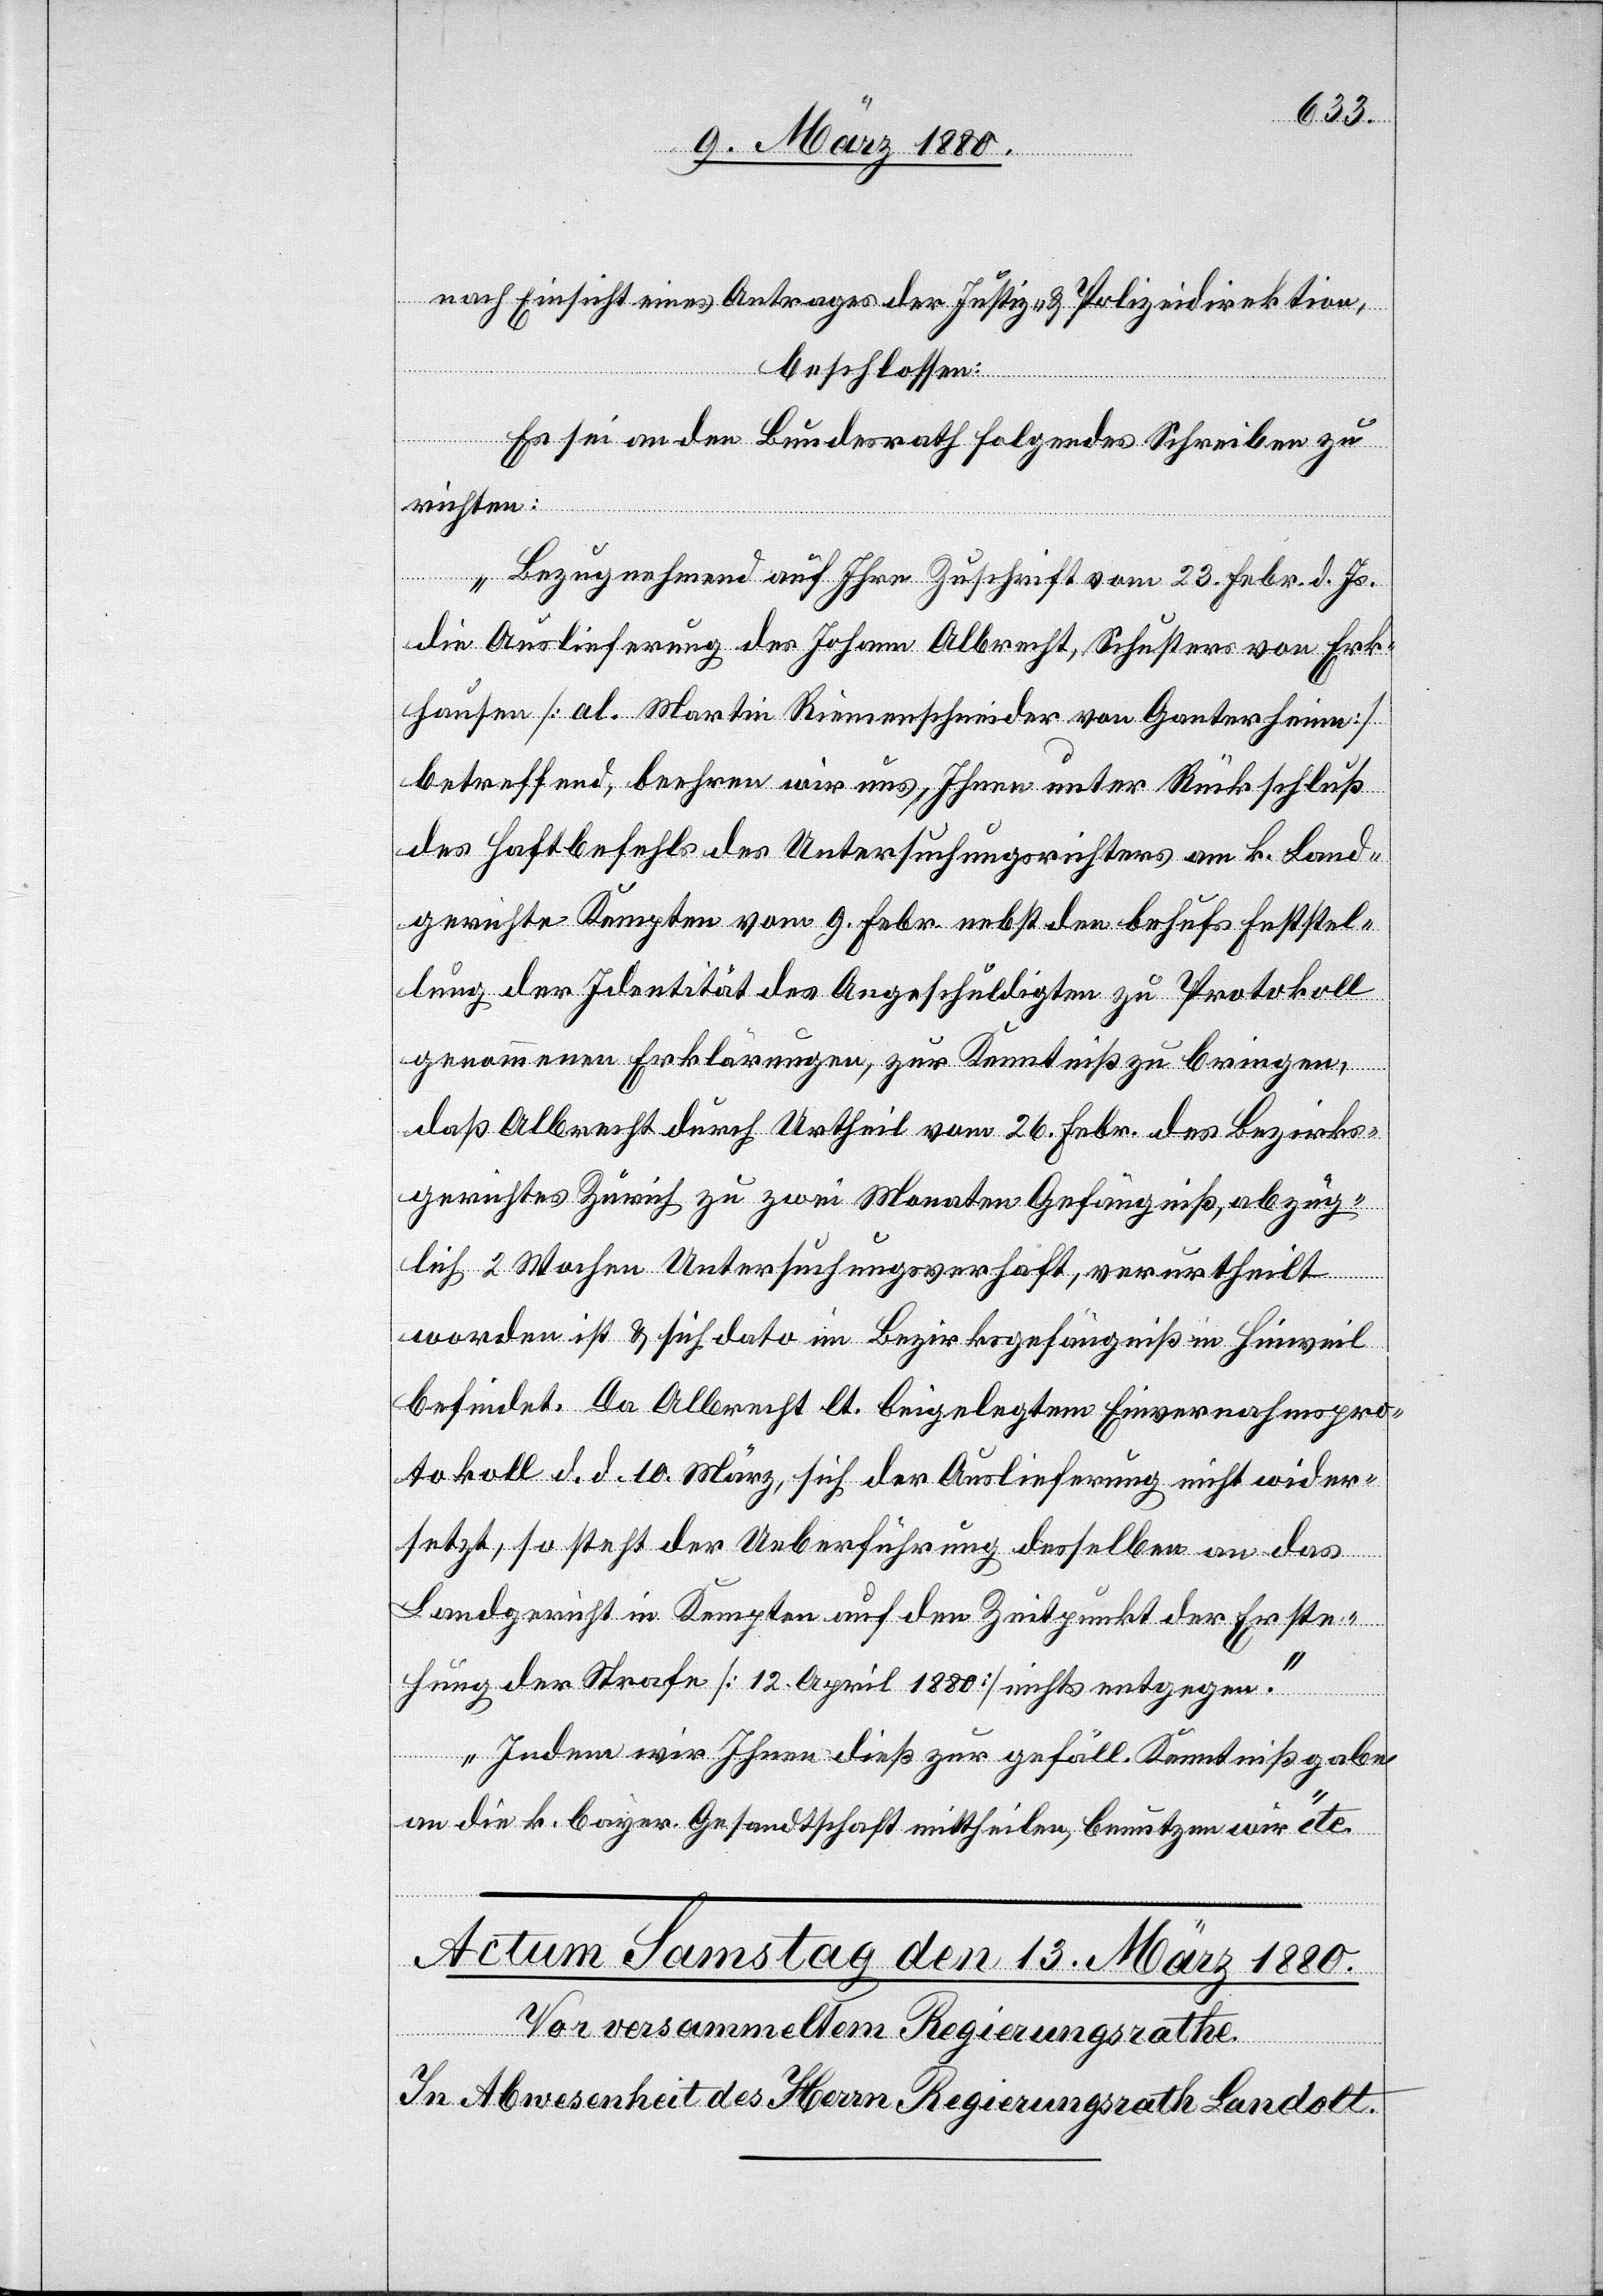
nach Einsicht eines Antrages der Justiz- & Polizeidirektion,
beschlossen:
Es sei an den Bundesrath folgendes Schreiben zu
richten:
„Bezugnehmend auf Ihre Zuschrift vom 23. Febr. d. Js.
die Auslieferung des Johann Albrecht, Schuster von Erk¬
hausen [al. Martin Riemenschneider von Ganterheine]
betreffend, beehren wir uns, Ihnen unter Rückschluß
der Haftbefehle des Untersuchungsrichters am k. Land¬
gerichte Kempten vom 9. Febr. nebst den behufs Feststel¬
lung der Identität des Angeschuldigten zu Protokoll
genommenen Erklärungen, zur Kenntniß zu bringen,
daß Albrecht durch Urtheil vom 26. Febr. des Bezirks¬
gerichtes Zürich zu zwei Monaten Gefängniß, abzüg¬
lich 2 Wochen Untersuchungsverhaft, verurtheilt
worden ist & sich dato im Bezirksgefängniß in Hinweil
befindet. Da Albrecht lt. beigelegtem Einvernahmspro¬
tokoll d. d. 10. März sich der Auslieferung nicht wider¬
setzt, so steht der Ueberführung desselben an das
Landgericht in Kempten auf den Zeitpunkt der Erste¬
hung der Strafe [12. April 1880] nichts entgegen.
Indem wir Ihnen dieß zur gefäll. Kenntnißgabe
an die k. bayer. Gesandtschaft mittheilen, benutzen wir“ etc.